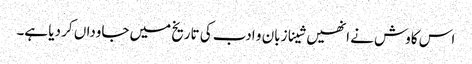
اس کاوش نے انھیں شینا زبان و ادب کی تاریخ میں جاوداں کر دیا ہے۔